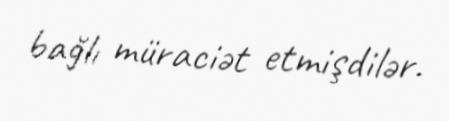
bağlı müraciət etmişdilər.